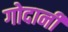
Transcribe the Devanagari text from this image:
गोदानी